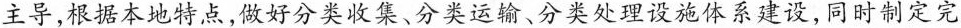
主导，根据本地特点，做好分类收集、分类运输、分类处理设施体系建设，同时制定完